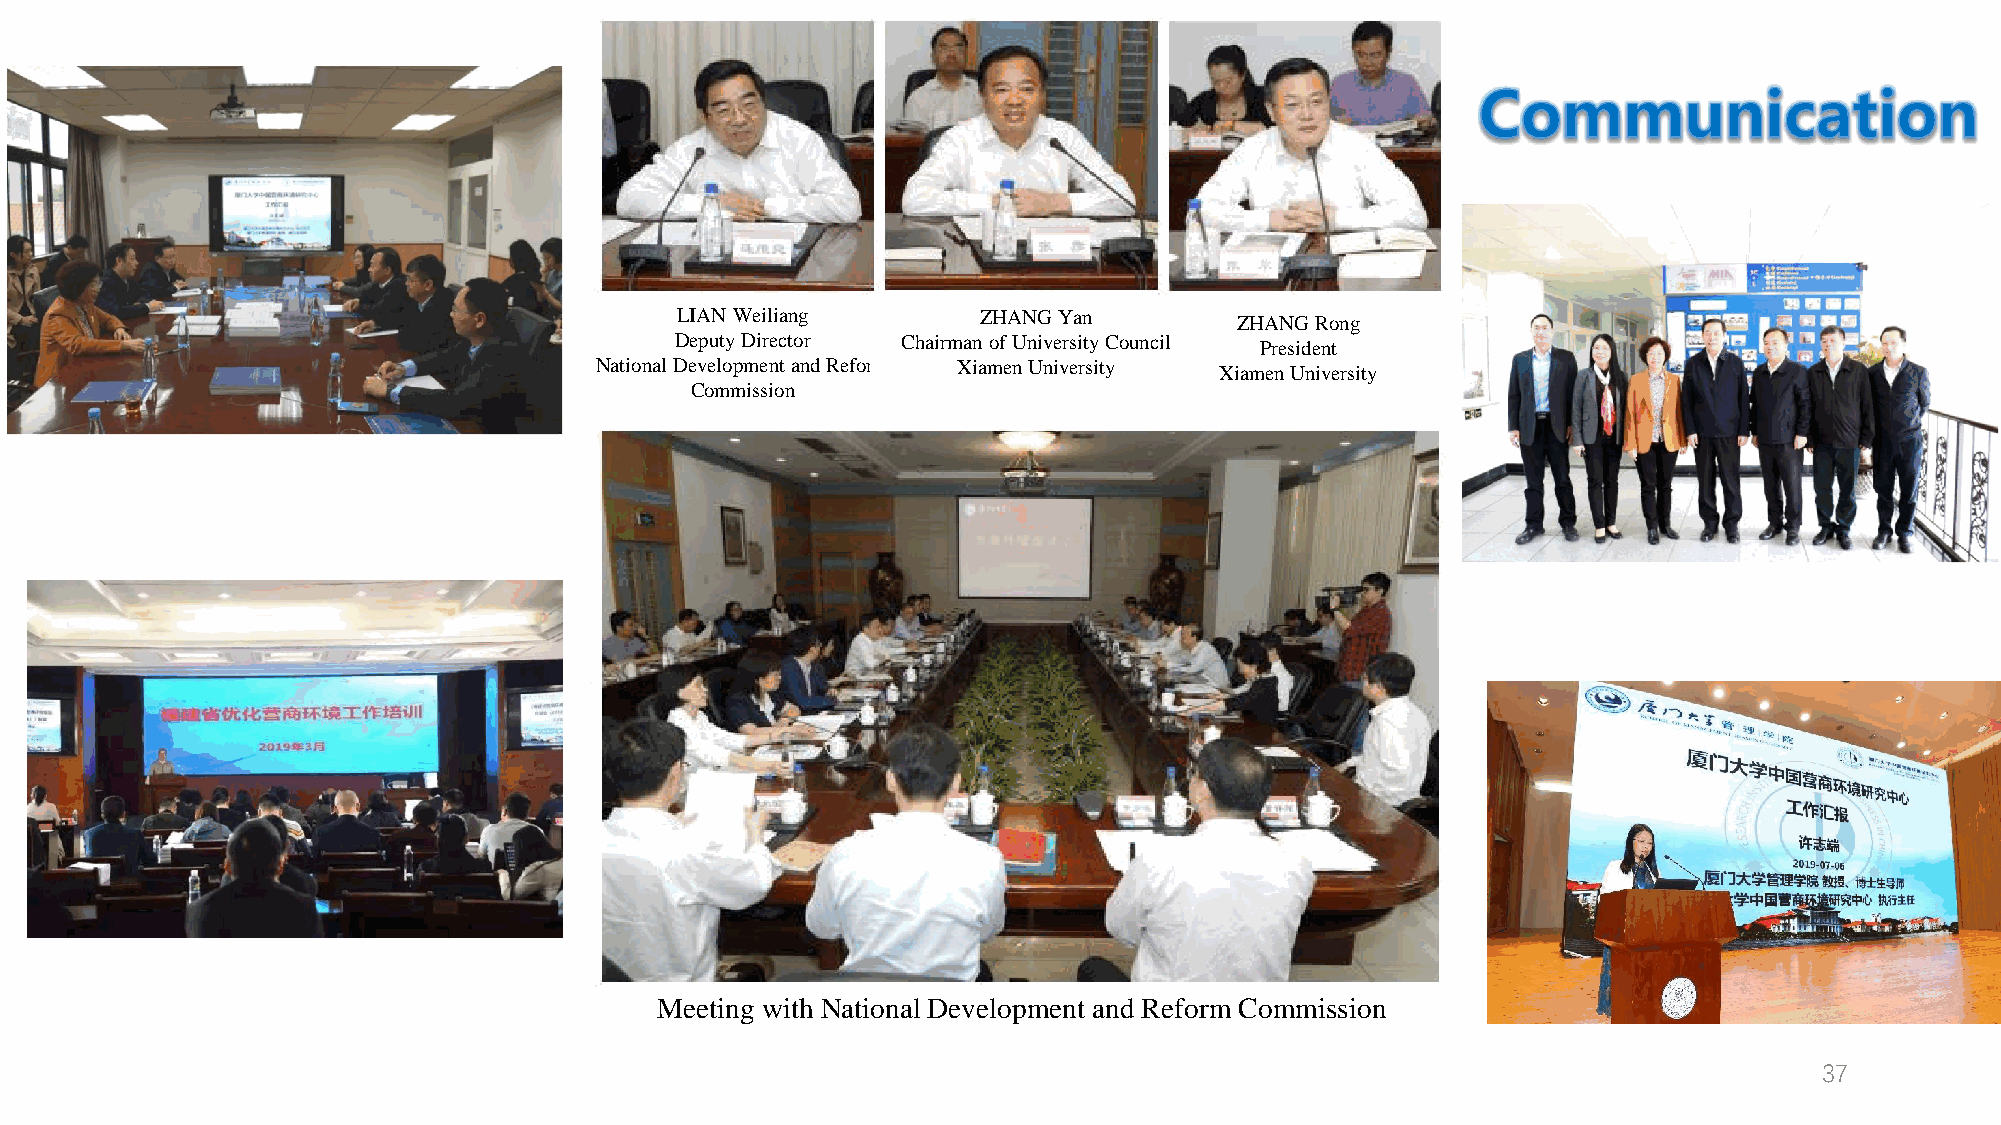
LIAN Weiliang       ZHANG Yan
 ZHANG Rong
 Deputy Director Chairman of University Council
 President
 National Development and Reform Xiamen University
 Xiamen University
 Commission
 Meeting with National Development and Reform Commission
 37